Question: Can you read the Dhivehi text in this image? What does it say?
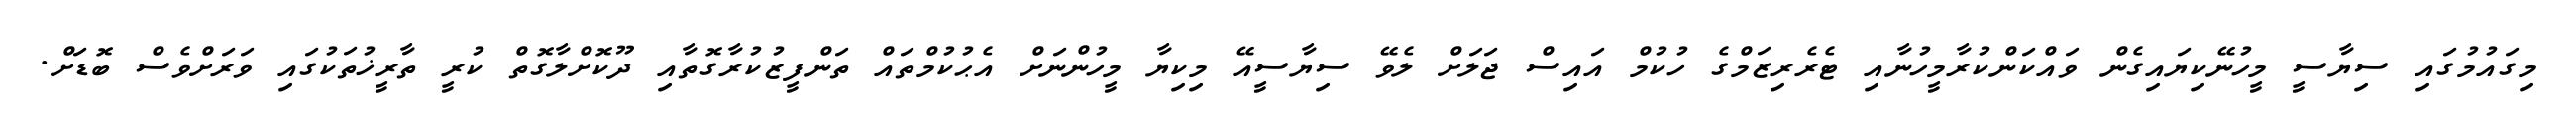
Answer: މިގައުމުގައި ސިޔާސީ މީހުނޭކިޔައިގެން ވައްކަންކުރާމީހުނާއި ޓެރެރިޒަމްގެ ހުކުމް އައިސް ޖަލަށް ލެވޭ ސިޔާސީއޭ މިކިޔާ މީހުންނަށް އެޙުކުމްތައް ތަންފީޒުކުރާގޮތާއި ދޫކޮށްލާގޮތް ކުރީ ތާރީޚުތަކުގައި ވަރަށްވެސް ބޮޑަށް.